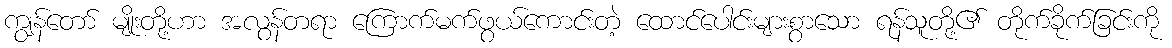
ကျွန်တော် မျိုးတို့ဟာ အလွန်တရာ ကြောက်မက်ဖွယ်ကောင်းတဲ့ ထောင်ပေါင်းများစွာသော ရန်သူတို့၏ တိုက်ခိုက်ခြင်းကို